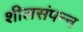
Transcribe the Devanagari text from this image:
शीलसंपन्न